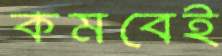
কমবেই